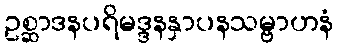
ဥစ္ဆာဒနပရိမဒ္ဒနနှာပနသမ္ဗာဟနံ